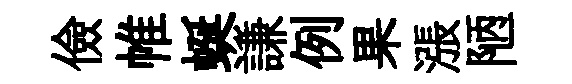
儉帷蜒謙例果漲陋